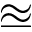
\approxeq